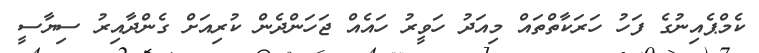
ކެމްޕެއިނުގެ ފަހު ހަރަކާތްތައް މިއަދު ހަވީރު ހައެއް ޖަހަންދެން ކުރިއަށް ގެންދާއިރު ސިޔާސީ